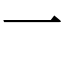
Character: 一